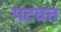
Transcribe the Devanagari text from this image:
पटवत